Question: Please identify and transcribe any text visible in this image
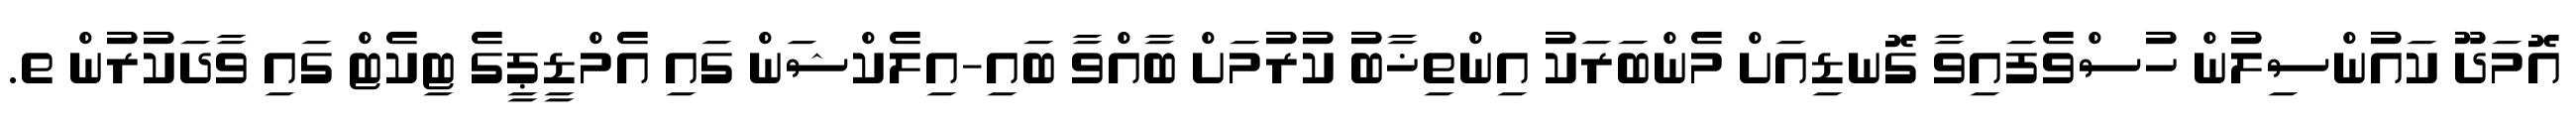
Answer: އޮމަދޫ ކައުންސިލުން ހުސްވެފައިވާ ގޮނޑިއަށް މެންބަރަކު އިންތިޚާބު ކުރުމަށް ބާއްވާ ބައި-އިލެކްޝަން ގައި އެމްޑީޕީގެ ޓިކެޓް ގައި ވާދަކުރުން ތ.